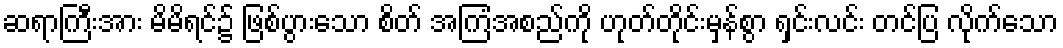
ဆရာကြီးအား မိမိရင်၌ ဖြစ်ပွားသော စိတ် အကြံအစည်ကို ဟုတ်တိုင်းမှန်စွာ ရှင်းလင်း တင်ပြ လိုက်သော